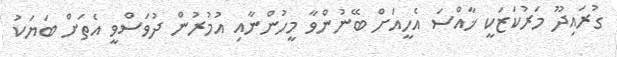
ގުރައިދޫ މަރުކަޒަކީ ޚާއްސަ އެހީއަށް ބޭނުންވާ މީހުންނާއި އުމުރުން ދުވަސްވީ އެތަށް ބަޔަކު